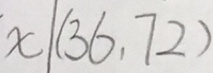
x \vert ( 3 6 , 7 2 )